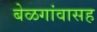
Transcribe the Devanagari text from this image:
बेळगांवासह